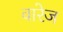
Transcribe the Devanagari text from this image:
वारेज